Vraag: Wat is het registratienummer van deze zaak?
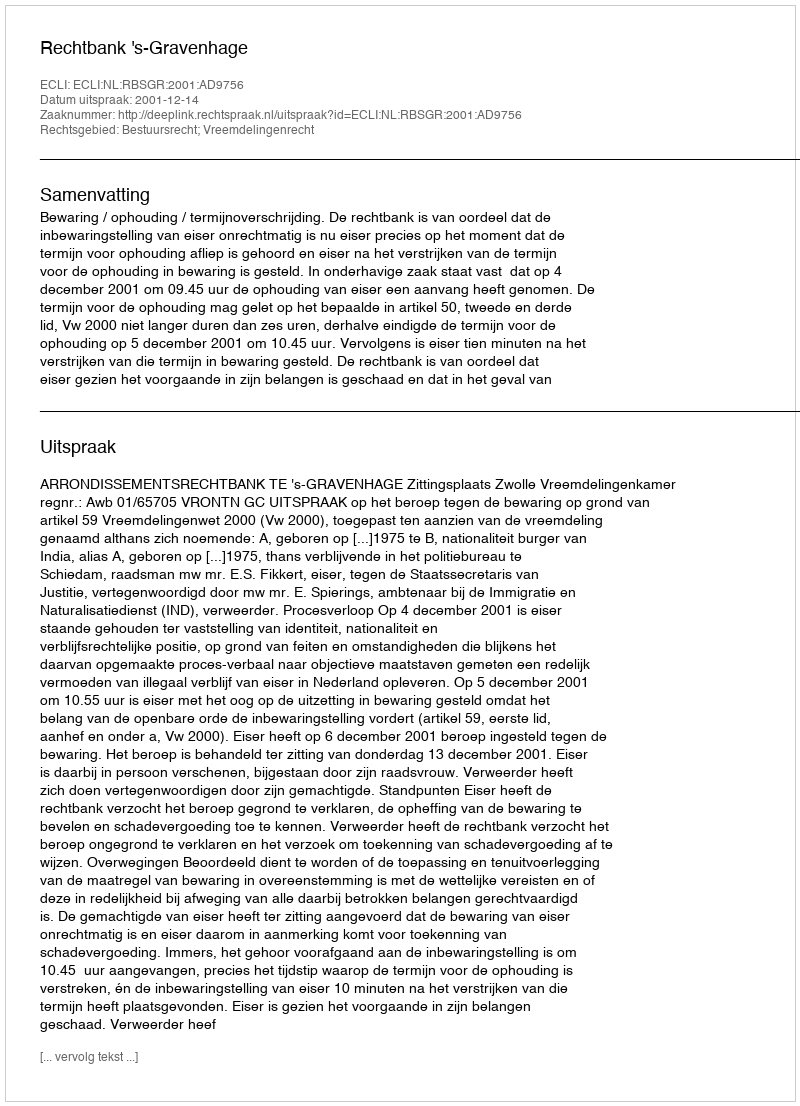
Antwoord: http://deeplink.rechtspraak.nl/uitspraak?id=ECLI:NL:RBSGR:2001:AD9756